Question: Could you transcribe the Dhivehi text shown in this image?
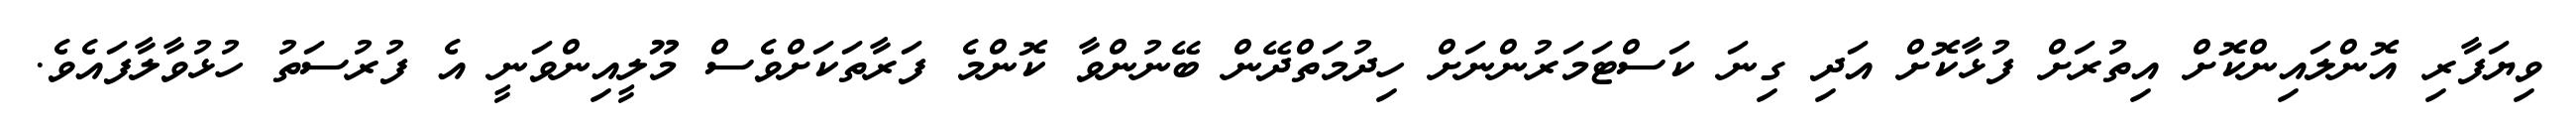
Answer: ވިޔަފާރި އޮންލައިންކޮށް އިތުރަށް ފުޅާކޮށް އަދި ގިނަ ކަސްޓަމަރުންނަށް ހިދުމަތްދޭން ބޭނުންވާ ކޮންމެ ފަރާތަކަށްވެސް މޫލީއިންވަނީ އެ ފުރުސަތު ހުޅުވާލާފައެވެ.